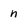
Character: n